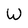
Character: W